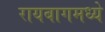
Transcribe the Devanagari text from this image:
रायबागमध्ये